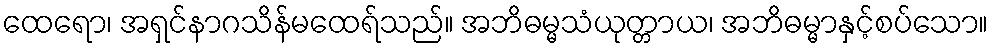
ထေရော၊ အရှင်နာဂသိန်မထေရ်သည်။ အဘိဓမ္မသံယုတ္တာယ၊ အဘိဓမ္မာနှင့်စပ်သော။